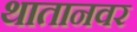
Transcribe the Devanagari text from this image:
थातानवर